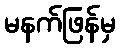
မနက်ဖြန်မှ